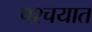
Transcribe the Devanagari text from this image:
पश्चयात